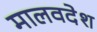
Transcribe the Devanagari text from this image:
मालवदेश